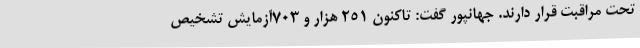
تحت مراقبت قرار دارند. جهانپور گفت: تاکنون 251 هزار و 703آزمایش تشخیص